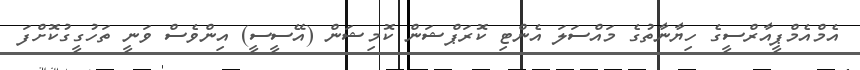
އެމްއެމްޕީއާރްސީގެ ހިޔާނާތުގެ މައްސަލަ އެންޓި ކޮރަޕްޝަން ކޮމިޝަން (އޭސީސީ) އިންވެސް ވަނީ ތަހުގީގުކޮށްފަ